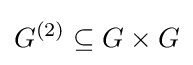
G^{(2)}\subseteq G\times G